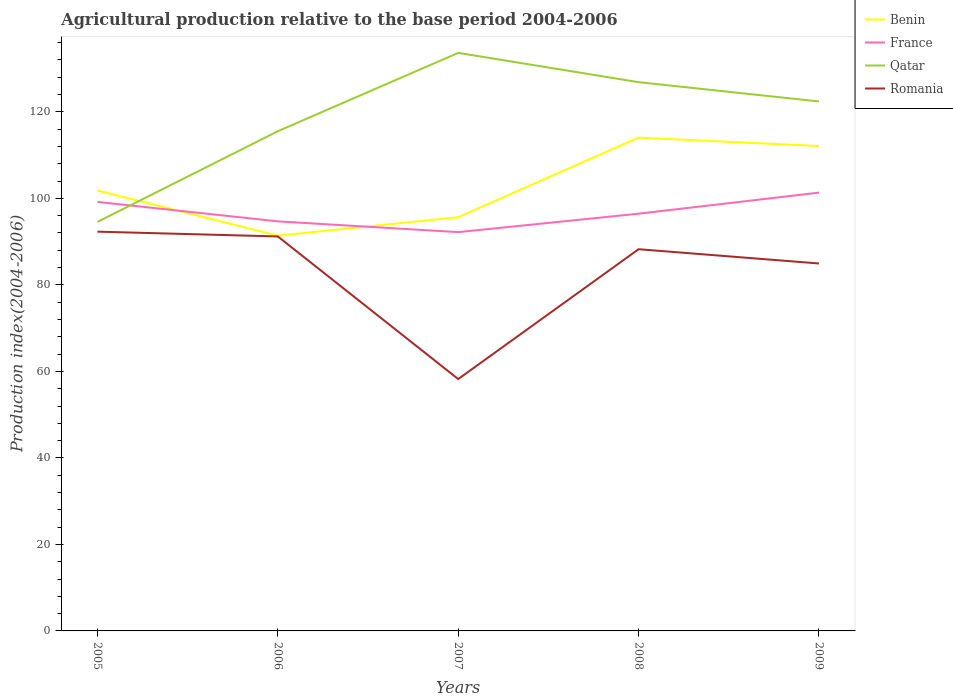
| Years | Benin | France | Qatar | Romania |
 | --- | --- | --- | --- | --- |
 | 2005 | 102 | 99.2 | 94.6 | 92.3 |
 | 2006 | 91.4 | 94.7 | 116 | 91.2 |
 | 2007 | 95.6 | 92.2 | 134 | 58.2 |
 | 2008 | 114 | 96.5 | 127 | 88.2 |
 | 2009 | 112 | 101 | 122 | 85 |